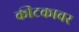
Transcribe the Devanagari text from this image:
कीटकावर